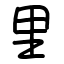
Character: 里